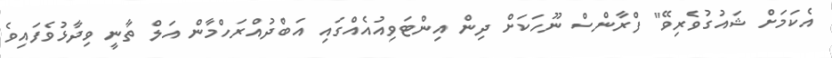
އެކަމަށް ޝައުގުވެރިވޭ" ފްރާންސް ނޫހަކަށް ދިން އިންޓަވިއުއެއްގައި އަބްދުއްރަހްމާން އަލް ތާނީ ވިދާޅުވެފައިވެ